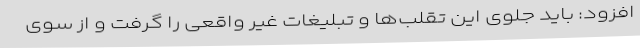
افزود: باید جلوی این تقلب‌ها و تبلیغات غیر واقعی را گرفت و از سوی